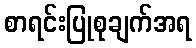
စာရင်းပြုစုချက်အရ